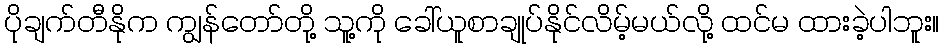
ပိုချက်တီနိုက ကျွန်တော်တို့ သူ့ကို ခေါ်ယူစာချုပ်နိုင်လိမ့်မယ်လို့ ထင်မ ထားခဲ့ပါဘူး။